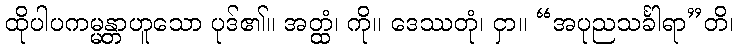
ထိုပါပကမ္မန္တာဟူသော ပုဒ်၏။ အတ္ထံ၊ ကို။ ဒေဿတုံ၊ ငှာ။ “အပုညသင်္ခါရာ”တိ၊